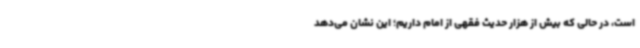
است، در حالی که بیش از هزار حدیث فقهی از امام داریم؛ این نشان می‌دهد